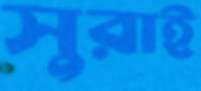
সুরাই